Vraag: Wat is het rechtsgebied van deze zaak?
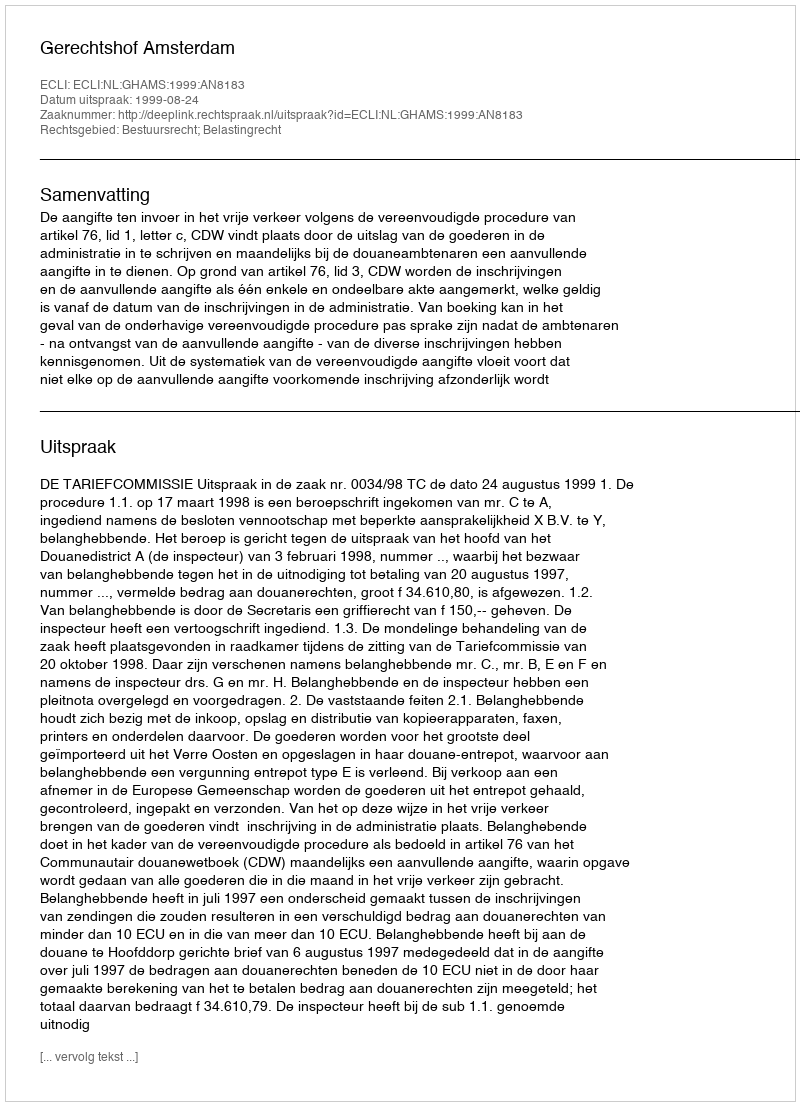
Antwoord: Bestuursrecht; Belastingrecht